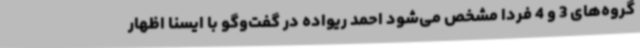
گروه‌های 3 و 4 فردا مشخص می‌شود احمد ریواده در گفت‌وگو با ایسنا اظهار